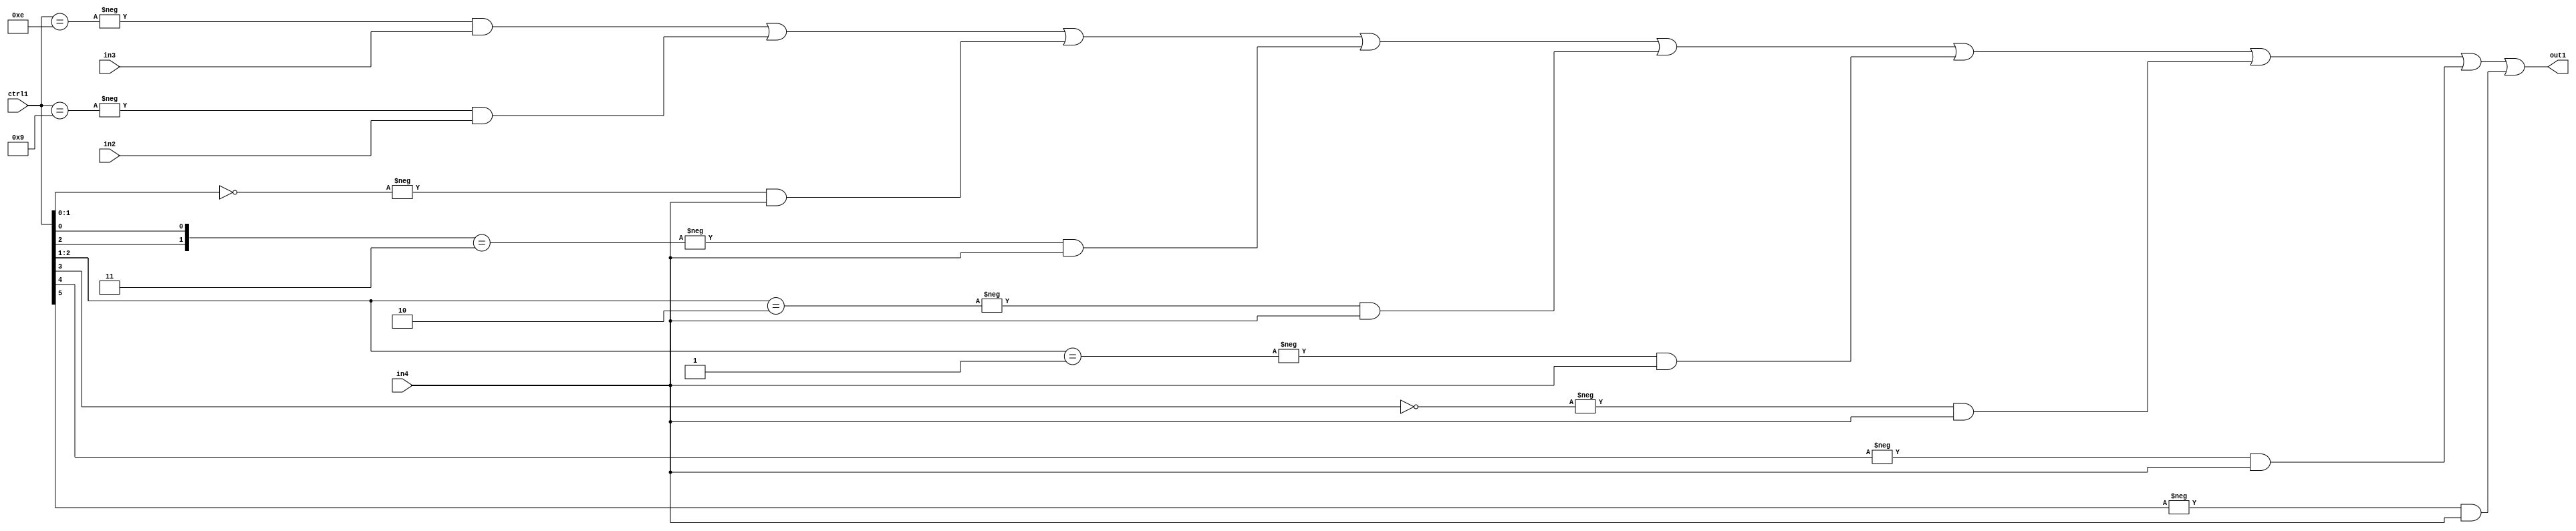
`timescale 1ps / 1ps
/*****************************************************************************
    Verilog RTL Description
    
    
    Created by: Stratus DpOpt 21.05.01 
*******************************************************************************/

module SobelFilter_N_Mux_32_3_75_4 (
	in4,
	in3,
	in2,
	ctrl1,
	out1
	); /* architecture "behavioural" */ 
input [31:0] in4;
input [8:0] in3,
	in2;
input [5:0] ctrl1;
output [31:0] out1;
wire [31:0] asc001;

assign asc001 = 
	-{ctrl1 == 6'B001110} & in3 |
	-{ctrl1 == 6'B001001} & in2 |
	-{ctrl1[1:0] == 2'B00} & in4 |
	-{{ctrl1[2], ctrl1[0]} == 2'B11} & in4 |
	-{ctrl1[2:1] == 2'B10} & in4 |
	-{ctrl1[2:1] == 2'B01} & in4 |
	-{ctrl1[3] == 1'B0} & in4 |
	-{ctrl1[4] == 1'B1} & in4 |
	-{ctrl1[5] == 1'B1} & in4 ;

assign out1 = asc001;
endmodule

/* CADENCE  vrD2QgE= : u9/ySxbfrwZIxEzHVQQV8Q== ** DO NOT EDIT THIS LINE ******/